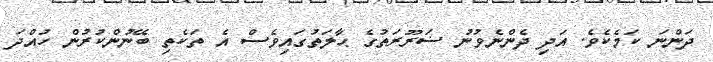
ދަންނަ ކަމެކެވެ. އަދި ދެންނެވުނު ޟަރޫރަތުގެ ޙާލަތުގައިވެސް އެ ތަކެތި ބޭނުންކުރުން ހުއްދަ